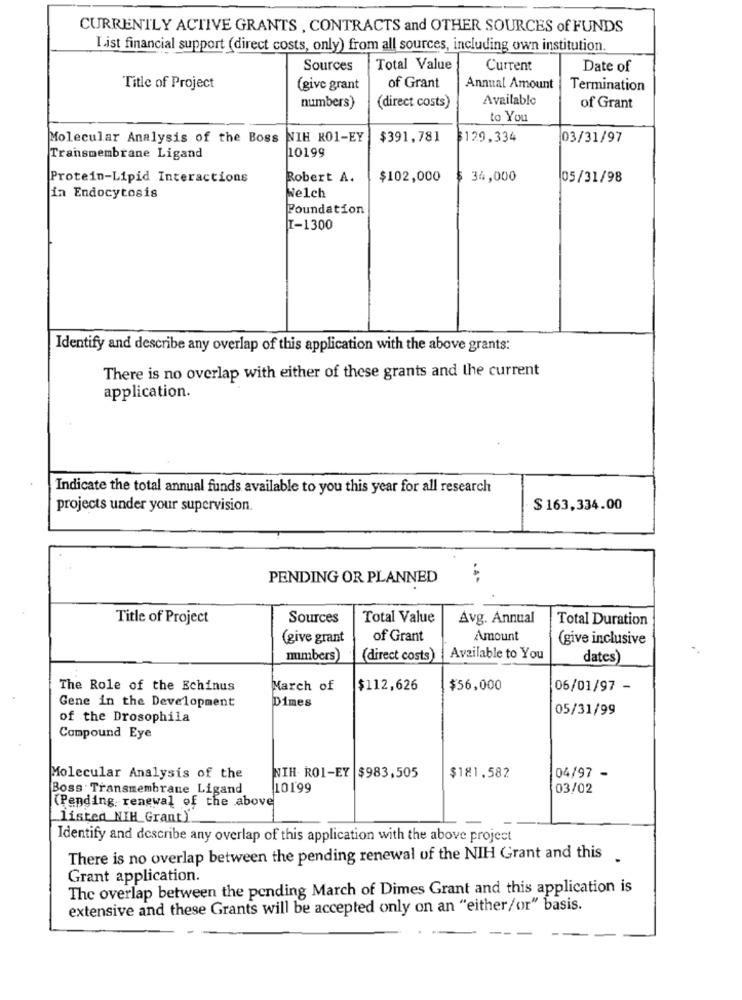
CURRENTLY ACTIVE GRANTS , CONTRACTS and OTHER SOURCES of FUNDS
List financial support (direct costs, only) from all sources, including own institution.
Sources
Total Value
Current
Date of
Title of Project
(give grant
of Grant
Annual Amount
Termination
Available
numbers)
(direct costs)
of Grant
to You
Molecular Analysis of the Boss
NIH RO1-EY
$391,781
129,334
03/31/97
10199
Transmembrane Ligand
Protein-Lipid Interactions
Robert A.
$102,000
$ 34,000
05/31/98
in Endocytosis
Welch
Foundation
T-1300
Identify and describe any overlap of this application with the above grants:
There is no overlap with either of these grants and the current
application.
Indicate the total annual funds available to you this year for all research
projects under your supervision.
$163,334.00
PENDING OR PLANNED
·4·
Title of Project
Sources
Total Value
Avg. Annual
Total Duration
(give grant
of Grant
Amount
(give inclusive
numbers)
(direct costs)
Available to You
dates)
The Role of the Echinus
March of
$112,626
$56,000
06/01/97 -
Gene in the Development
Dimes
05/31/99
of the Drosophila
Compound Eye
04/97 -
Molecular Analysis of the
NIH. RO1-EY $983,505
$181.582
Boss . Transmembrane Ligand
10199
03/02
(Pending, renewal of the above
listed NIH Grant)
Identify and describe any overlap of this application with the above project
There is no overlap between the pending renewal of the NIH Grant and this
Grant application.
The overlap between the pending March of Dimes Grant and this application is
extensive and these Grants will be accepted only on an "either/or" basis.